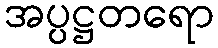
အပ္ပဋ္ဌတရော